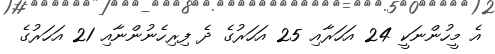
އެ މީހުންނަކީ 24 އަހަރާއި 25 އަހަރުގެ ދެ ފިރިހެނުންނާއި 21 އަހަރުގެ